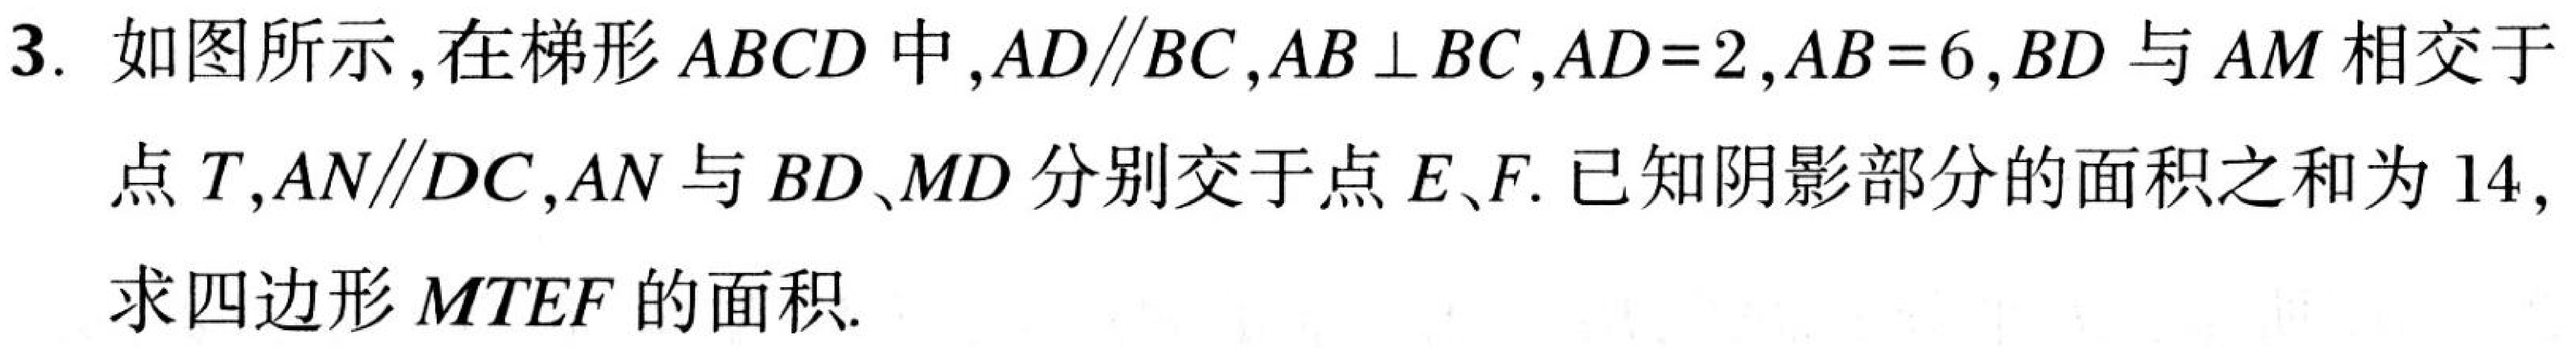
3. 如图所示,在梯形\(ABCD\)中,\(AD\parallel BC\),\(AB\perp BC\),\(AD = 2\),\(AB = 6\),\(BD\)与\(AM\)相交于点\(T\),\(AN\parallel DC\),\(AN\)与\(BD\)、\(MD\)分别交于点\(E\)、\(F\). 已知阴影部分的面积之和为\(14\),求四边形\(MTEF\)的面积.